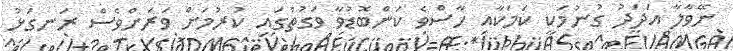
ނޭވާލާ އަދަދު ގުނުމަކީ ކަމަކާއި ހާސްވެ ކަންބޮޑުވާ ވަގުތުގައި ކުރުމަށް ވަރަށްވެސް ރަނގަޅު